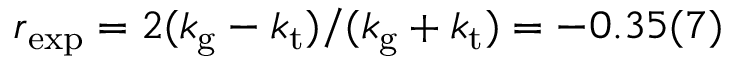
r _ { \mathrm { e x p } } = 2 ( k _ { \mathrm { g } } - k _ { \mathrm { t } } ) / ( k _ { \mathrm { g } } + k _ { \mathrm { t } } ) = - 0 . 3 5 ( 7 )